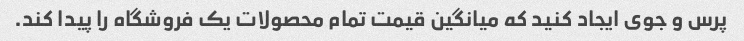
پرس و جوی ایجاد کنید که میانگین قیمت تمام محصولات یک فروشگاه را پیدا کند.